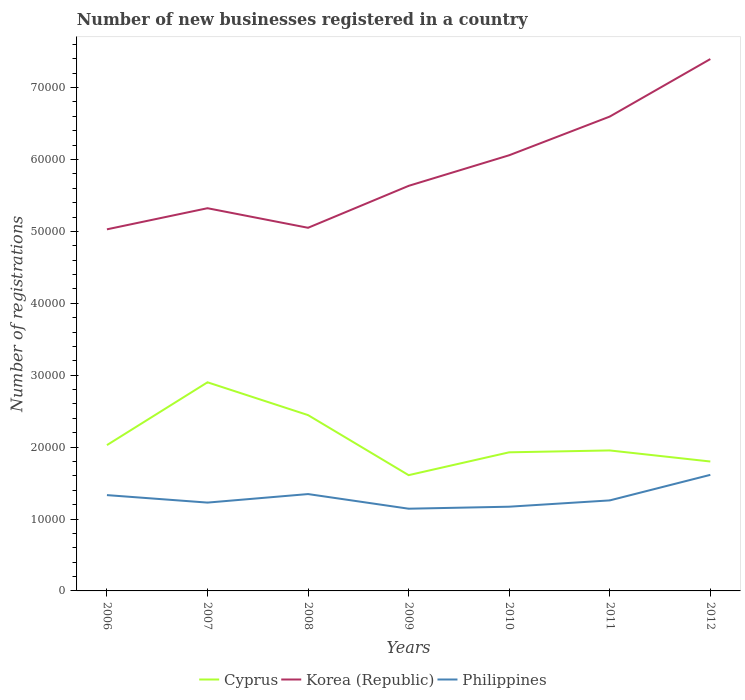
| Years | Cyprus | Korea (Republic) | Philippines |
 | --- | --- | --- | --- |
 | 2006 | 2.03e+04 | 5.03e+04 | 1.33e+04 |
 | 2007 | 2.9e+04 | 5.32e+04 | 1.23e+04 |
 | 2008 | 2.45e+04 | 5.05e+04 | 1.35e+04 |
 | 2009 | 1.61e+04 | 5.63e+04 | 1.14e+04 |
 | 2010 | 1.93e+04 | 6.06e+04 | 1.17e+04 |
 | 2011 | 1.95e+04 | 6.6e+04 | 1.26e+04 |
 | 2012 | 1.8e+04 | 7.4e+04 | 1.61e+04 |